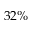
3 2 \%